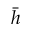
\bar { h }